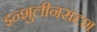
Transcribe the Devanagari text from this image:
इन्शुलीनसदृश